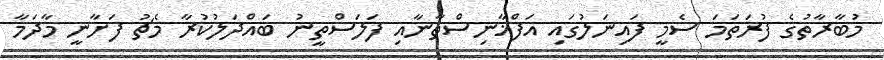
މުބާރާތުގެ ފުރަތަމަ ސެމީ ފައިނަލުގައި އަފްޣާނިސްތާނާއި ފަލަސްތީނު ބައްދަލުކުރާ މެޗު ފަށާނީ މާދަމާ